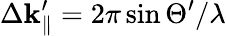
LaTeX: \Delta\mathbf{k}_{\parallel}^{\prime}=2\pi\sin\Theta^{\prime}/\lambda